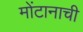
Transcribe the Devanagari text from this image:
मोंटानाची